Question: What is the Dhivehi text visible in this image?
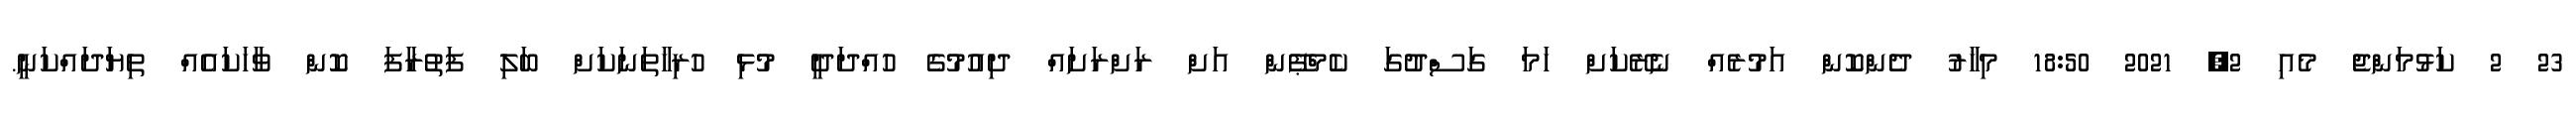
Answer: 23 2 ކަޅުމަންޖެ މެއި 2, 2021 18:50 މިހާރު ދެންކޮން އަމުރެއް ނެރޭކަށް ހަމަ ގަސްދުގަ ކެމްޕޭން އަށް ރަށްރަށައް ދިއުމުގެ ހުއްދަދީ މުޅި ހުރިހާތަނަކަށް ބަލި ފަތުރާފަ ކޮން ވާހަކައެއް ތިޔަދައްކަނީ.